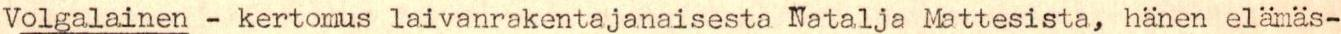
Volgalainen - kertomus laivanrakentajanaisesta Natalja Mattesista, hänen elämäs-